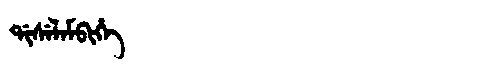
Manchu: ᡩᡳᠰᡝᠯᠠᠮᠪᡳᡥᡝ
Romanization: DISELAMBIHE